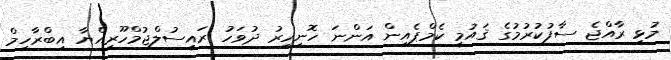
މުޅި ރާއްޖެ ސާފުކުރުމުގެ ޤައުމީ ކެމްޕެއިން އަންނަ ހޮނިހިރު ދުވަހު ރައީސުލްޖުމްހޫރިއްޔާ އިބްރާހިމް